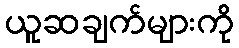
ယူဆချက်များကို